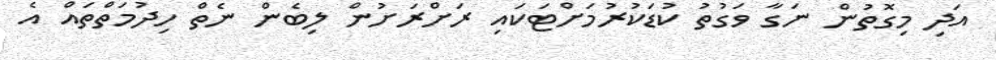
އަދި މިގޮތުން ނަގާ ވަގުތު ކުޑަކުރުމަށްޓަކައި ރަށްރަށުން ލިބެން ނެތް ހިދުމަތްތައް އެ